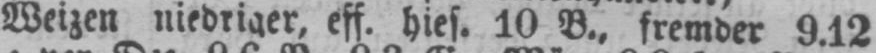
Weizen niedriger, eff. hies. 10 B., fremder 9.12